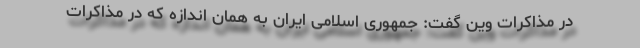
در مذاکرات وین گفت: جمهوری اسلامی ایران به همان اندازه که در مذاکرات